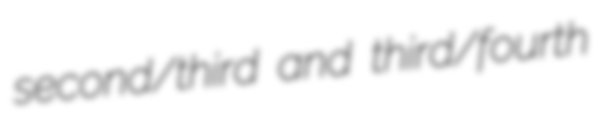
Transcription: second/third and third/fourth